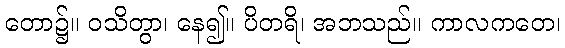
တော၌။ ဝသိတွာ၊ နေ၍။ ပိတရိ၊ အဘသည်။ ကာလကတေ၊